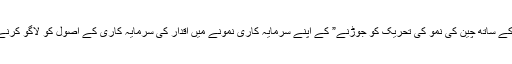
یہ “عالمی وسائل کے ساتھ چین کی نمو کی تحریک کو جوڑنے” کے اپنے سرمایہ کاری نمونے میں اقدار کی سرمایہ کاری کے اصول کو لاگو کرنے سے وابستہ ہے۔